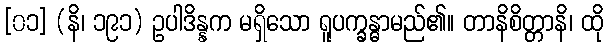
[၀၁] (နိ၊ ၁၉၁) ဥပါဒိန္နက မရှိသော ရူပက္ခန္ဓာမည်၏။ တာနိစိတ္တာနိ၊ ထို